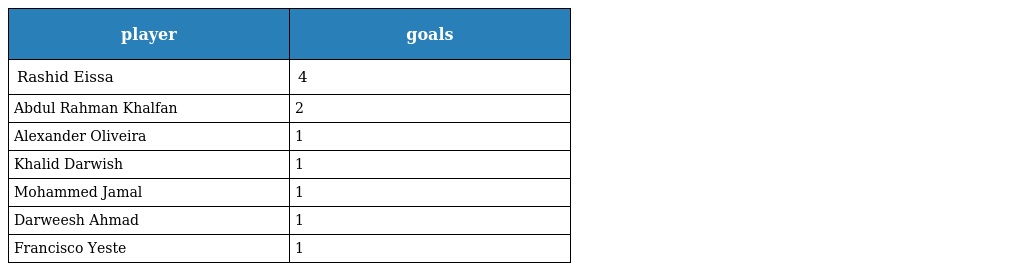
| player | goals |
 | --- | --- |
 | Rashid Eissa | 4 |
 | Abdul Rahman Khalfan | 2 |
 | Alexander Oliveira | 1 |
 | Khalid Darwish | 1 |
 | Mohammed Jamal | 1 |
 | Darweesh Ahmad | 1 |
 | Francisco Yeste | 1 |